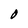
Character: O